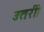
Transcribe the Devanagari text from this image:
उतरीं।